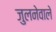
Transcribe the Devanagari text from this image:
जुलनेवाले